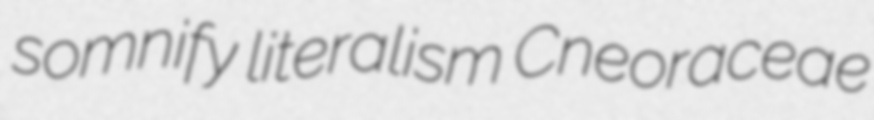
somnify literalism Cneoraceae